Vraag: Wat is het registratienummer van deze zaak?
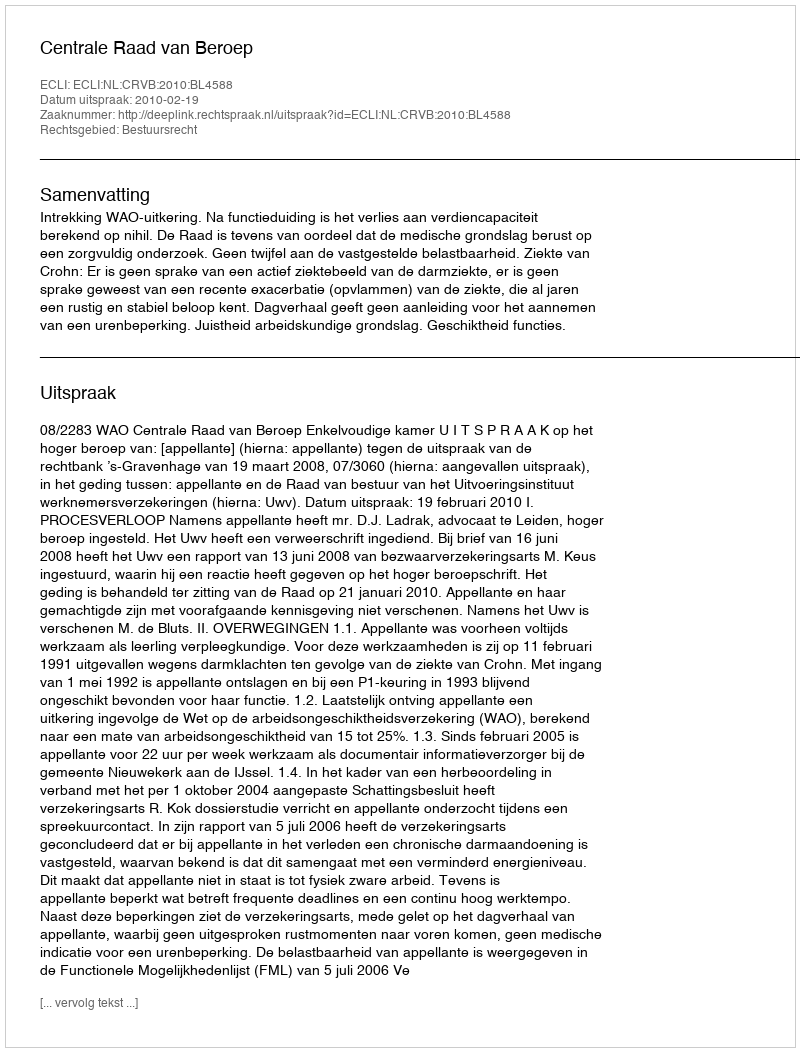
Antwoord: http://deeplink.rechtspraak.nl/uitspraak?id=ECLI:NL:CRVB:2010:BL4588